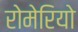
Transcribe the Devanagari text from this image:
रोमेरियो